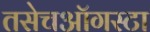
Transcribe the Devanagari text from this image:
तसेचऑगस्टा